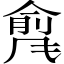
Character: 𲋇